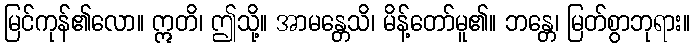
မြင်ကုန်၏လော။ ဣတိ၊ ဤသို့။ အာမန္တေသိ၊ မိန့်တော်မူ၏။ ဘန္တေ၊ မြတ်စွာဘုရား။